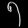
Digit: ၅